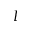
I